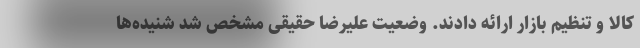
کالا و تنظیم بازار ارائه دادند. وضعیت علیرضا حقیقی مشخص شد شنیده‌ها